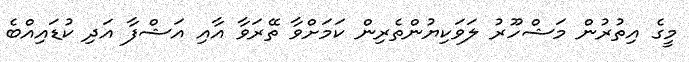
މީގެ އިތުރުން މަޝްހޫރު ލަވަކިޔުންތެރިން ކަމަށްވާ ތޭރަވާ އާއި އަޝްފާ އަދި ކުޑައިއްބެ